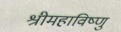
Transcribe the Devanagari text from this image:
श्रीमहाविष्णु